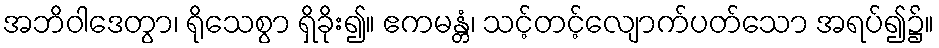
အဘိဝါဒေတွာ၊ ရိုသေစွာ ရှိခိုး၍။ ဧကမန္တံ၊ သင့်တင့်လျောက်ပတ်သော အရပ်၍၌။